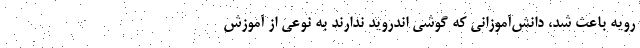
رویه باعث شد، دانش‌آموزانی که گوشی اندروید ندارند به نوعی از آموزش